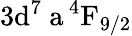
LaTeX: \mathrm{3d^{7}\ a\, ^{4}F_{9/2}}